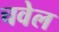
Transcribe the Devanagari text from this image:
चवेल